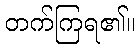
တက်ကြရ၏။